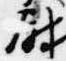
尉